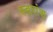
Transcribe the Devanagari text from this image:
स्वरांश